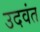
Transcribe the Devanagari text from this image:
उदवंत